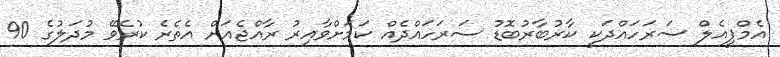
އެމްޕީއެލް ސަރަހައްދަކީ ކާރުބާރުބޮޑު ސަރަހައްދެއް ކަމަށްވާއިރު ރާއްޖެއަށް އެތެރެ ކުރެވޭ މުދަލުގެ 90